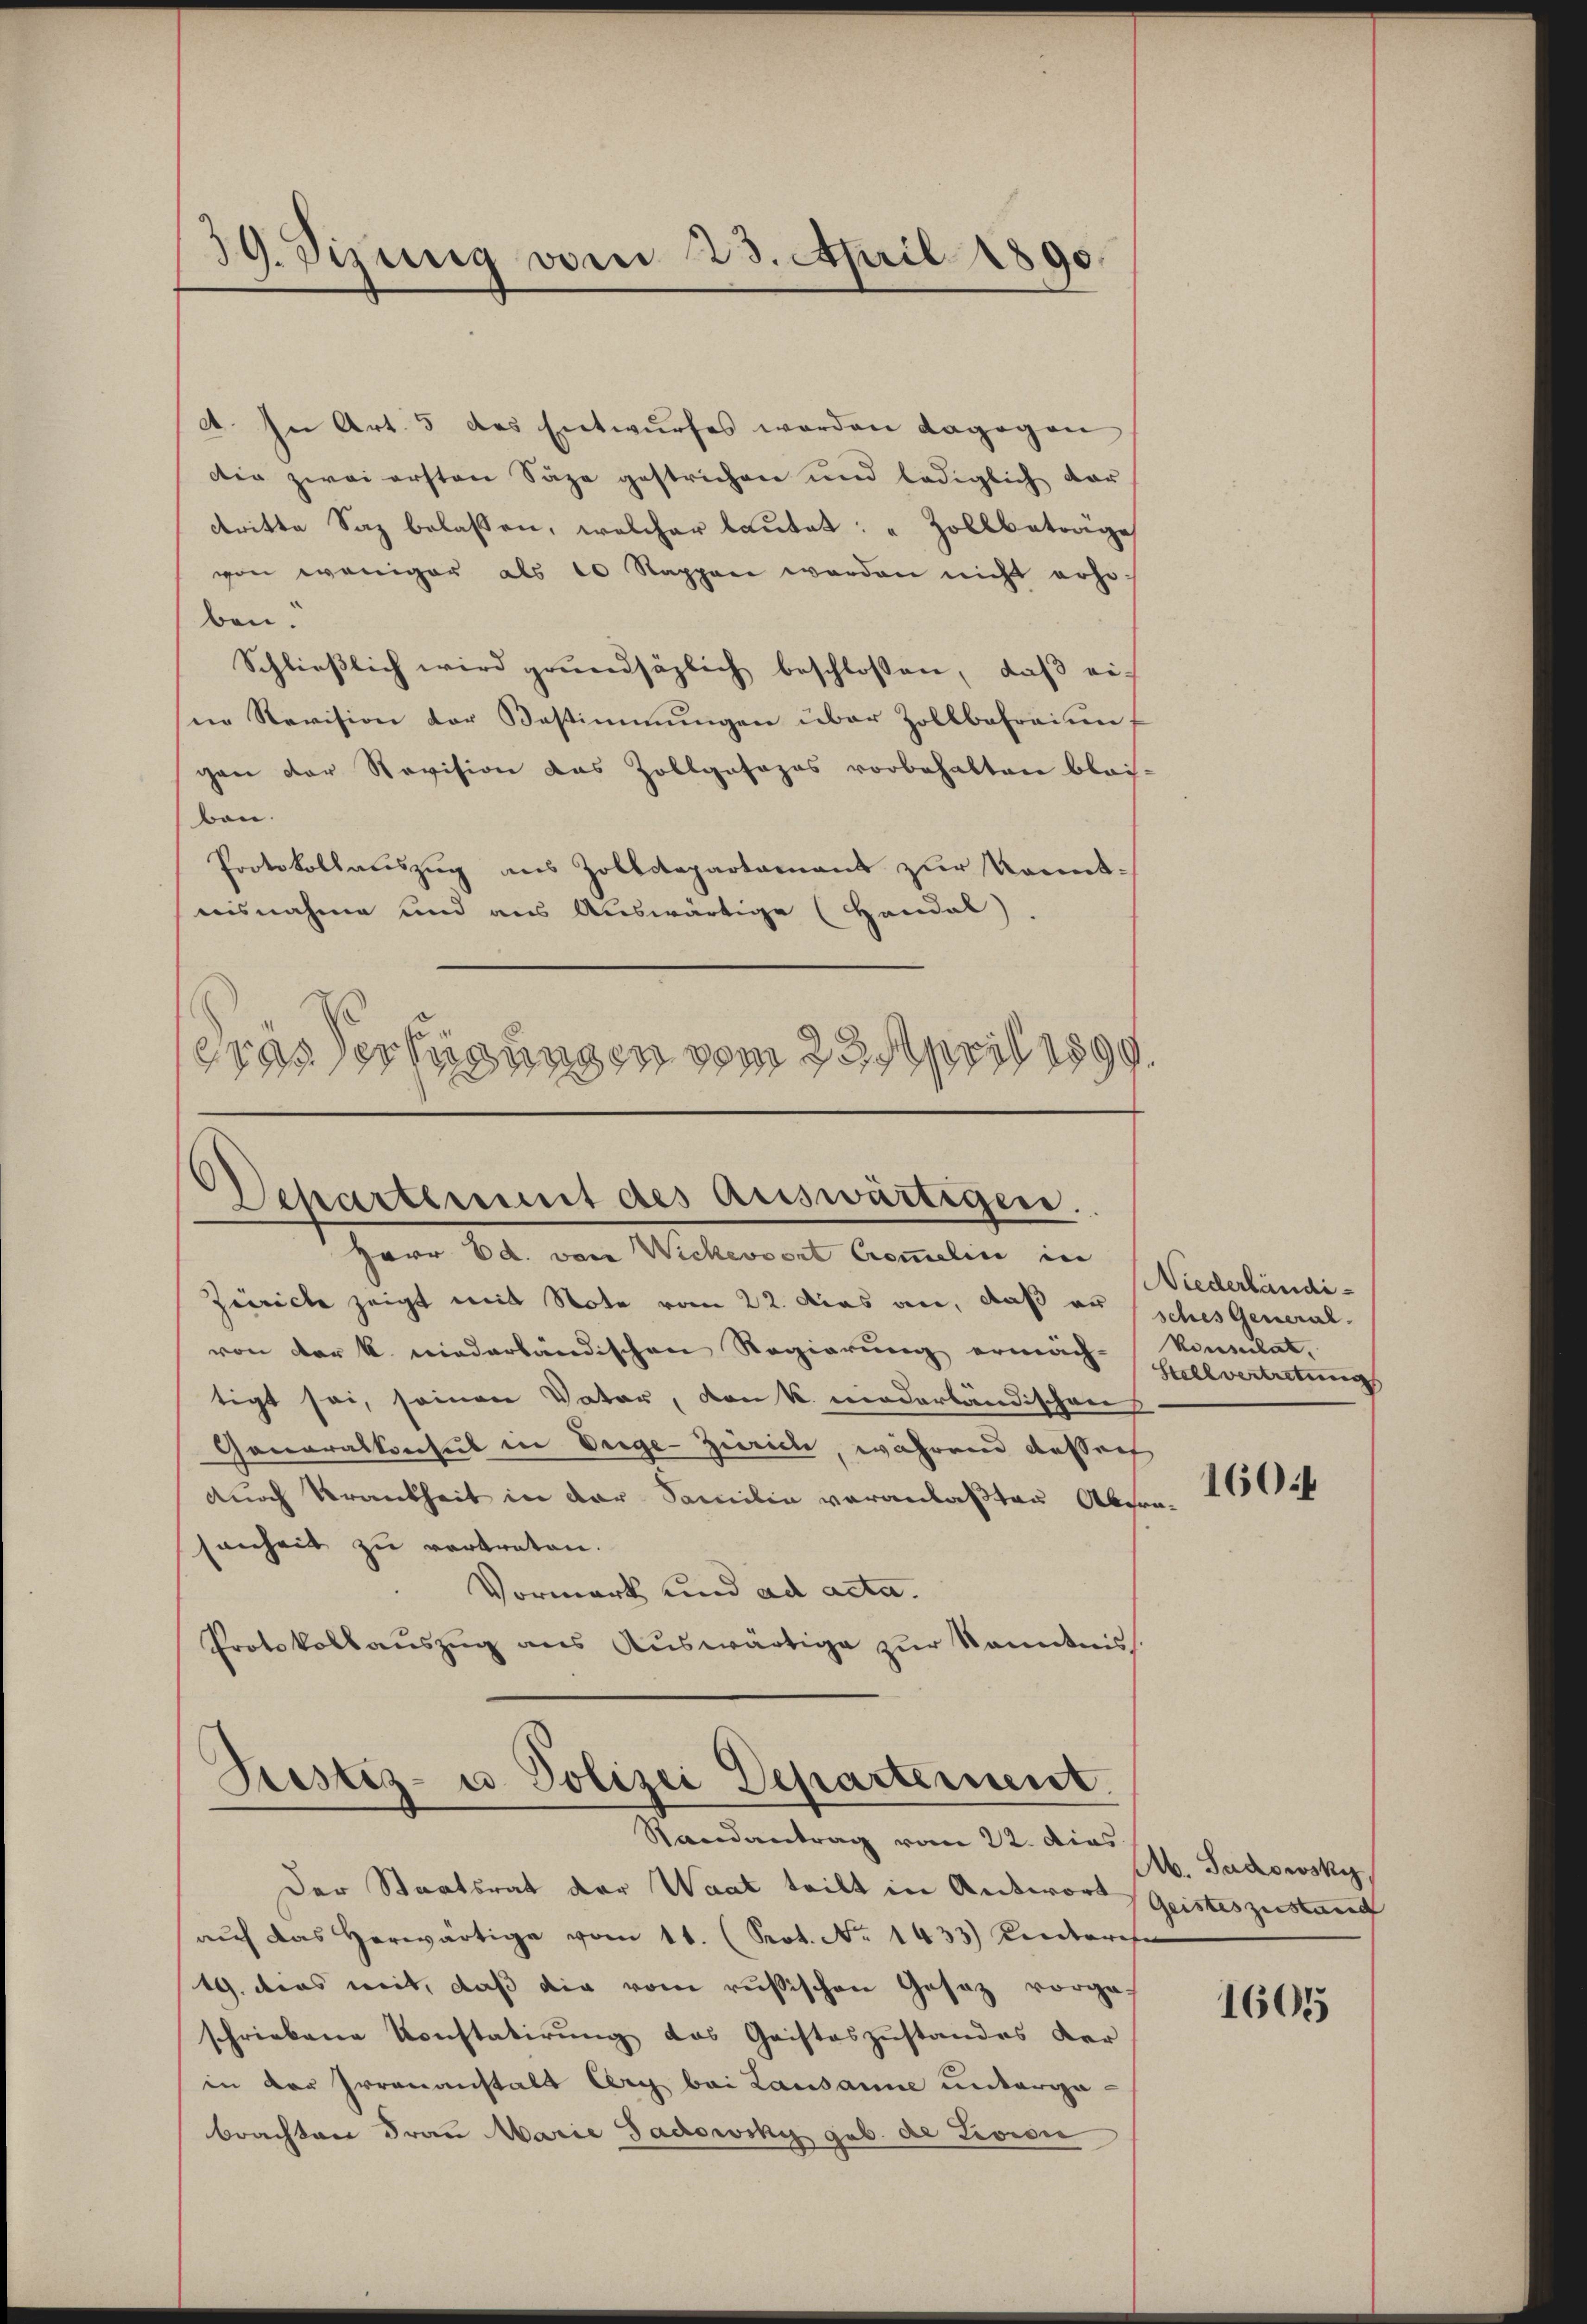
39. Sizung vom 23. April 1890.

A. In Art. 5 des Entwŭrfes werden dagegen
die zwei ersten Säge gestrichen und lediglich dar
dritte Saz belassen, welcher lautet: " Zollbeträge
von weniger als 10 Rappen werden nicht erhoben.
Schlieβlich wird grŭndsätzlich beschlossen, daβ eiin Revision der Bestimmungen über Zollbefreiung
gen der Revision das Zollgofazos vorbehalten blei-
ben.
Protokollauszug aus Zolldepartament zur Kennt-
nisnahme und aus Auswärtige (Handal).
Gras Verfügungen vom 22. April 1899.

Departement des auswärtigen.
Herr Ed. von Wickessert Crommelin in

Justiz- u. Polizei Departement

Zürich zeigt mit Note vom 22. dies an, daß aussches General-
von der k. niederländischen Regierung ermäch-Konsulat,
tigt sei, seinen Vater, von K. niederländischen
Ganaralkonsul in Verge-Zürich, während dessen
durch Krankheit in der Familie veranlaßten Abgra
senheit zu vertreten.
Vormerk und ad acta.
Protokollauszug aus Auswärtige zur kanntniss

Niederländi¬
Helvertretung

Der Staatsrat der Waat teilt in Antwort Geisteszustand
auf das herwärtige vom 11. (Seot. No 1433) Kinderwese
19. dies mit, daß die vom russischen Gesetz vorge-
schriebene Konstatirung das Geisteszustandes der
in vor Irrenanstalt der bei Lausanne unterga-
brachten Frau Marie Gadowsky geb. de Livisi

Randantrag vom 22. Dies

.

1604

Ab. Gadowsky,

1605